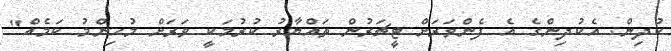
ކުދިން. އެކުދިންގެ އެ ފެންވަރަށް ޓީޗަރުން ތައްޔާރު ކުރުމަކީ ވަރަށް މުހިންމު ކަމެއް"